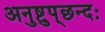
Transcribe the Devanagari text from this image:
अनुष्टुप्‌छन्दः